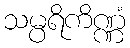
သမ္ပရိကိဏ္ဏံ